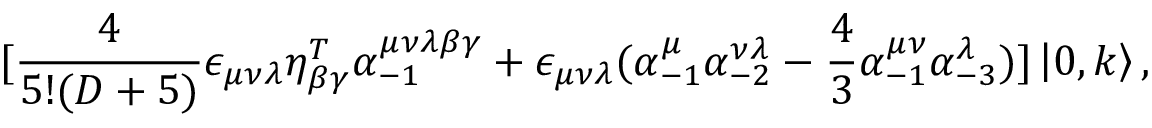
\lbrack \frac { 4 } { 5 ! ( D + 5 ) } \epsilon _ { \mu \nu \lambda } \eta _ { \beta \gamma } ^ { T } \alpha _ { - 1 } ^ { \mu \nu \lambda \beta \gamma } + \epsilon _ { \mu \nu \lambda } ( \alpha _ { - 1 } ^ { \mu } \alpha _ { - 2 } ^ { \nu \lambda } - \frac { 4 } { 3 } \alpha _ { - 1 } ^ { \mu \nu } \alpha _ { - 3 } ^ { \lambda } ) ] \left\vert 0 , k \right\rangle ,